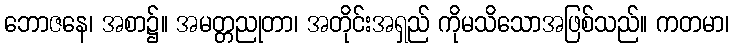
ဘောဇနေ၊ အစာ၌။ အမတ္တညုတာ၊ အတိုင်းအရှည် ကိုမသိသောအဖြစ်သည်။ ကတမာ၊